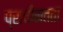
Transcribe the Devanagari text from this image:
प्राचीनतता